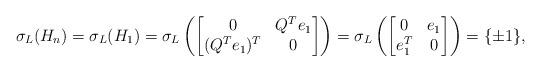
LaTeX: \begin{align*}\sigma_L(H_n) = \sigma_L(H_1) = \sigma_L\left(\begin{bmatrix}0&Q^Te_1\\ (Q^Te_1)^T&0\end{bmatrix}\right) = \sigma_L\left(\begin{bmatrix}0&e_1\\ e_1^T&0\end{bmatrix}\right) = \{\pm1\},\end{align*}